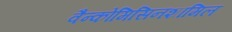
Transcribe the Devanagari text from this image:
वैन्कोमिसिनशामिल